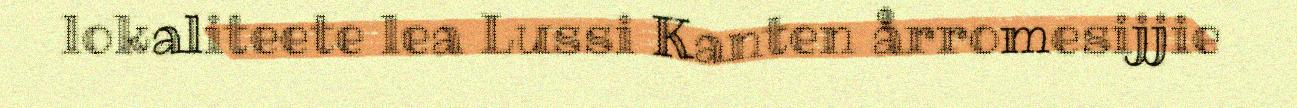
lokaliteete lea Lussi Kanten årromesijjie